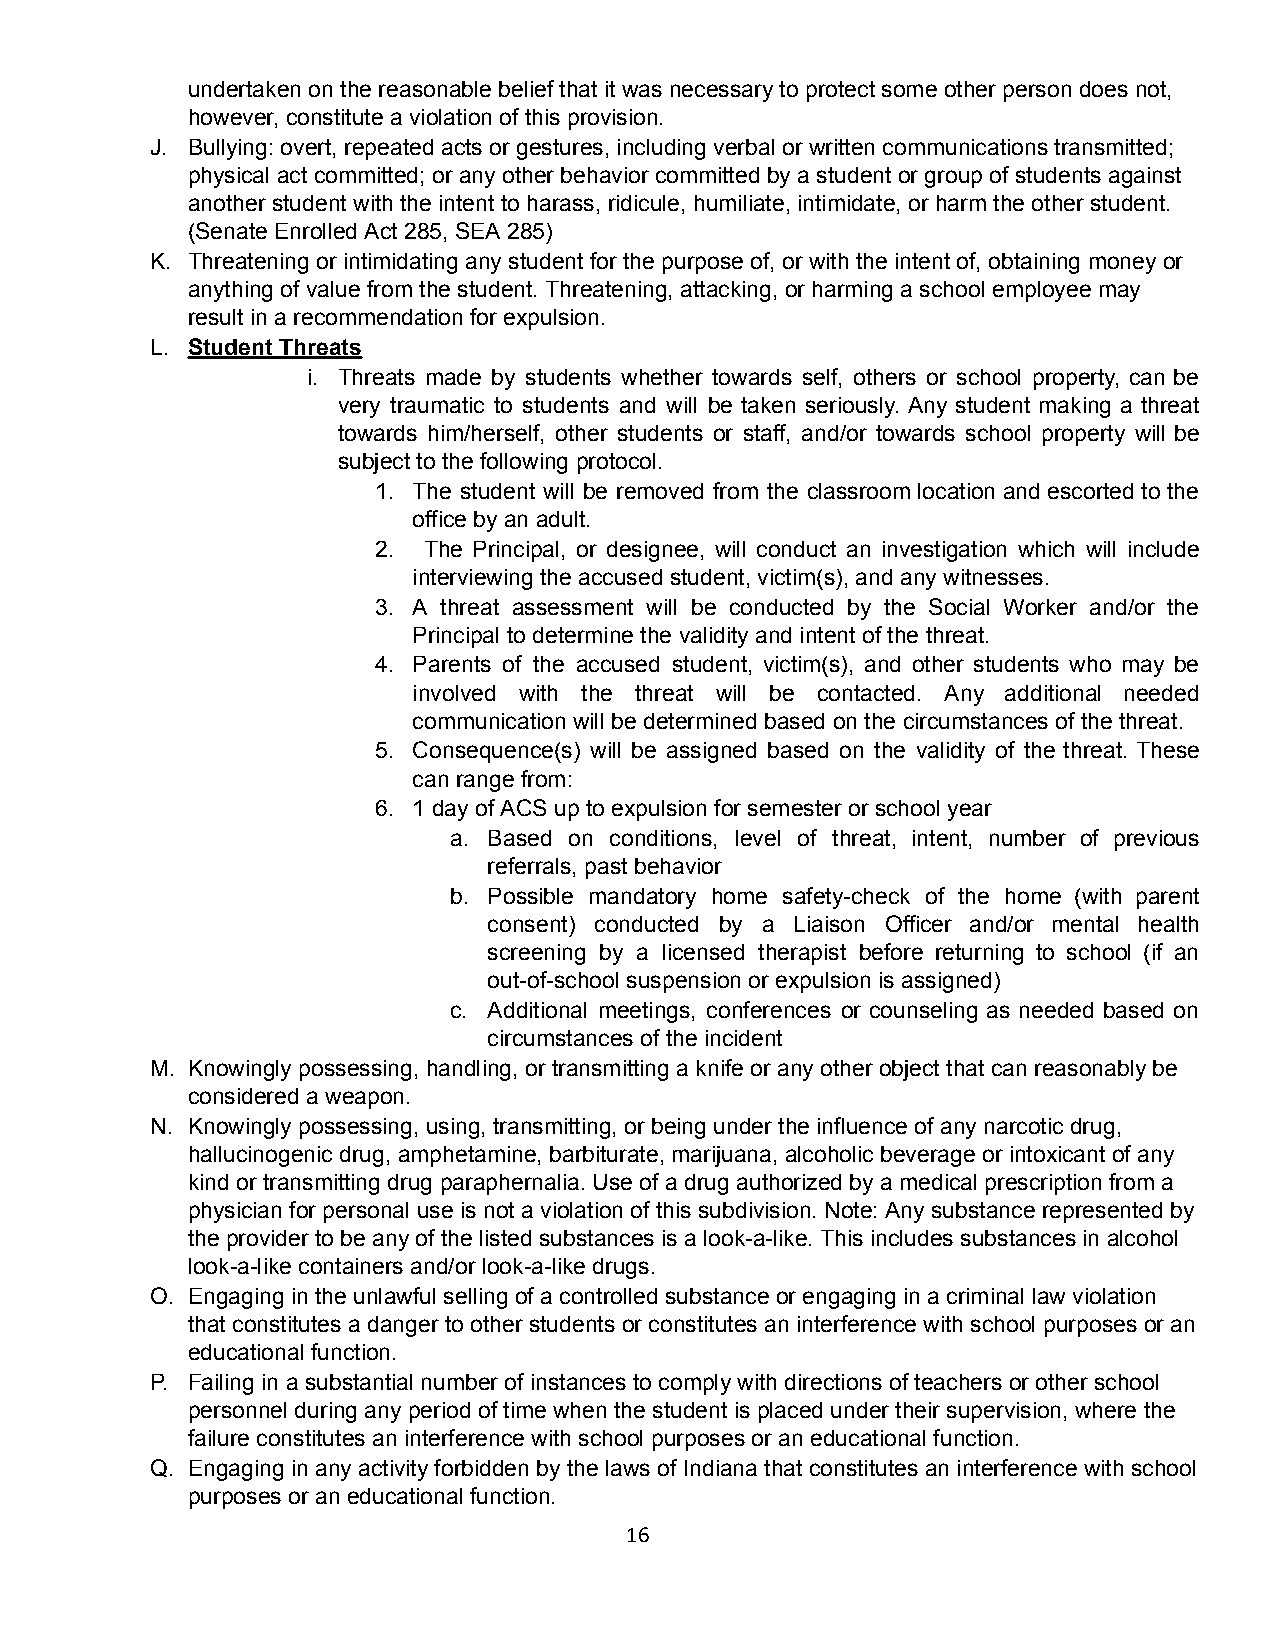
undertaken on the reasonable belief that it was necessary to protect some other person does not,
 however, constitute a violation of this provision.
 J. Bullying: overt, repeated acts or gestures, including verbal or written communications transmitted;
 physical act committed; or any other behavior committed by a student or group of students against
 another student with the intent to harass, ridicule, humiliate, intimidate, or harm the other student.
 (Senate Enrolled Act 285, SEA 285)
 K. Threatening or intimidating any student for the purpose of, or with the intent of, obtaining money or
 anything of value from the student. Threatening, attacking, or harming a school employee may
 result in a recommendation for expulsion.
 L. Student Threats
 i. Threats made by students whether towards self, others or school property, can be
 very traumatic to students and will be taken seriously. Any student making a threat
 towards him/herself, other students or staff, and/or towards school property will be
 subject to the following protocol.
 1. The student will be removed from the classroom location and escorted to the
 office by an adult.
 2. The Principal, or designee, will conduct an investigation which will include
 interviewing the accused student, victim(s), and any witnesses.
 3. A threat assessment will be conducted by the Social Worker and/or the
 Principal to determine the validity and intent of the threat.
 4. Parents of the accused student, victim(s), and other students who may be
 involved with the threat will be contacted. Any additional needed
 communication will be determined based on the circumstances of the threat.
 5. Consequence(s) will be assigned based on the validity of the threat. These
 can range from:
 6. 1 day of ACS up to expulsion for semester or school year
 a. Based on conditions, level of threat, intent, number of previous
 referrals, past behavior
 b. Possible mandatory home safety-check of the home (with parent
 consent) conducted by a Liaison Officer and/or mental health
 screening by a licensed therapist before returning to school (if an
 out-of-school suspension or expulsion is assigned)
 c. Additional meetings, conferences or counseling as needed based on
 circumstances of the incident
 M. Knowingly possessing, handling, or transmitting a knife or any other object that can reasonably be
 considered a weapon.
 N. Knowingly possessing, using, transmitting, or being under the influence of any narcotic drug,
 hallucinogenic drug, amphetamine, barbiturate, marijuana, alcoholic beverage or intoxicant of any
 kind or transmitting drug paraphernalia. Use of a drug authorized by a medical prescription from a
 physician for personal use is not a violation of this subdivision. Note: Any substance represented by
 the provider to be any of the listed substances is a look-a-like. This includes substances in alcohol
 look-a-like containers and/or look-a-like drugs.
 O. Engaging in the unlawful selling of a controlled substance or engaging in a criminal law violation
 that constitutes a danger to other students or constitutes an interference with school purposes or an
 educational function.
 P. Failing in a substantial number of instances to comply with directions of teachers or other school
 personnel during any period of time when the student is placed under their supervision, where the
 failure constitutes an interference with school purposes or an educational function.
 Q. Engaging in any activity forbidden by the laws of Indiana that constitutes an interference with school
 purposes or an educational function.
 16